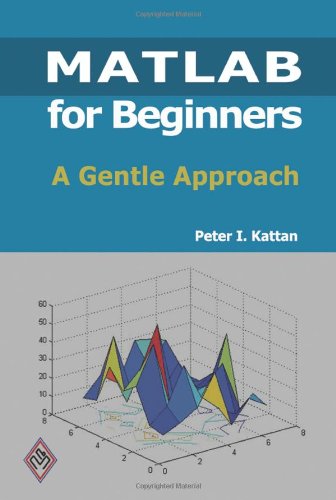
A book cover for MATLAB For Beginners: A Gentle Approach; Peter I. Kattan; Computers & Technology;